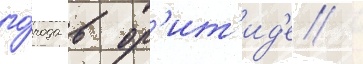
го́рода в ор'ит'ид'е /